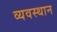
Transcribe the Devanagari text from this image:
व्यवस्थान